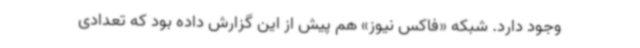
وجود دارد. شبکه «فاکس نیوز» هم پیش از این گزارش داده بود که تعدادی